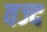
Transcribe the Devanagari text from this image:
वज्द